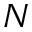
N